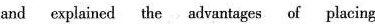
and explained the advantages of placing